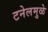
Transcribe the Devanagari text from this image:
टनेलमुळे